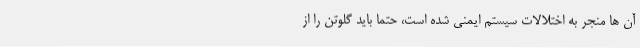
آن ها منجر به اختلالات سیستم ایمنی شده است، حتما باید گلوتن را از